Indian journal of veterinary science and animal husbandry - Volume 6,
Year: 1936
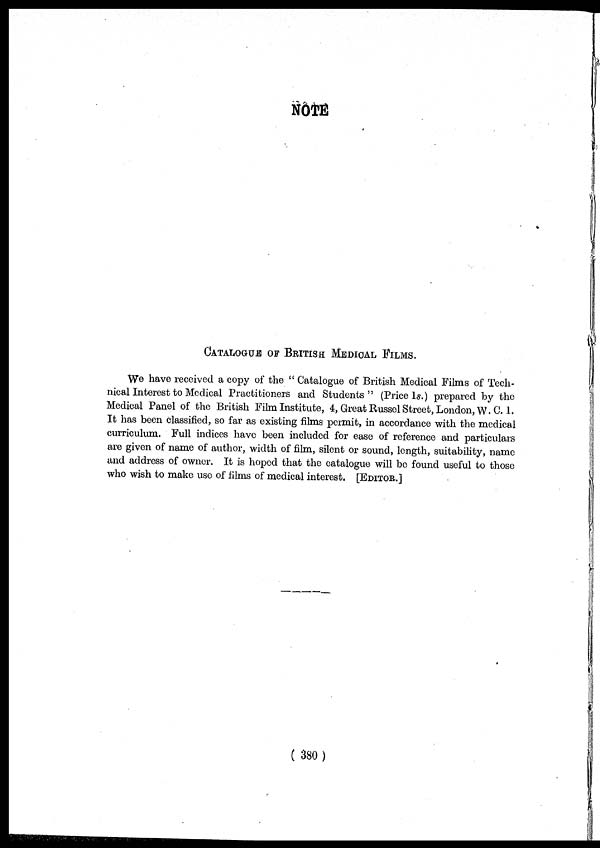
NOTE
CATALOGUE OF BRITISH MEDICAL FILMS.
We have received a copy of the " Catalogue of British Medical Films of Tech-
nical Interest to Medical Practitioners and Students" (Price 1s.) prepared by the
Medical Panel of the British Film Institute, 4, Great Russel Street, London, W. C. 1.
It has been classified, so far as existing films permit, in accordance with the medical
curriculum. Full indices have been included for ease of reference and particulars
are given of name of author, width of film, silent or sound, length, suitability, name
and address of owner. It is hoped that the catalogue will be found useful to those
who wish to make use of films of medical interest. [EDITORFC.]
( 380)